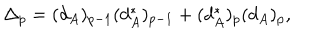
LaTeX: \Delta _ { p } = ( d _ { A } ) _ { p - 1 } ( d _ { A } ^ { * } ) _ { p - 1 } + ( d _ { A } ^ { * } ) _ { p } ( d _ { A } ) _ { p } ,